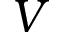
V